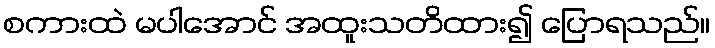
စကားထဲ မပါအောင် အထူးသတိထား၍ ပြောရသည်။